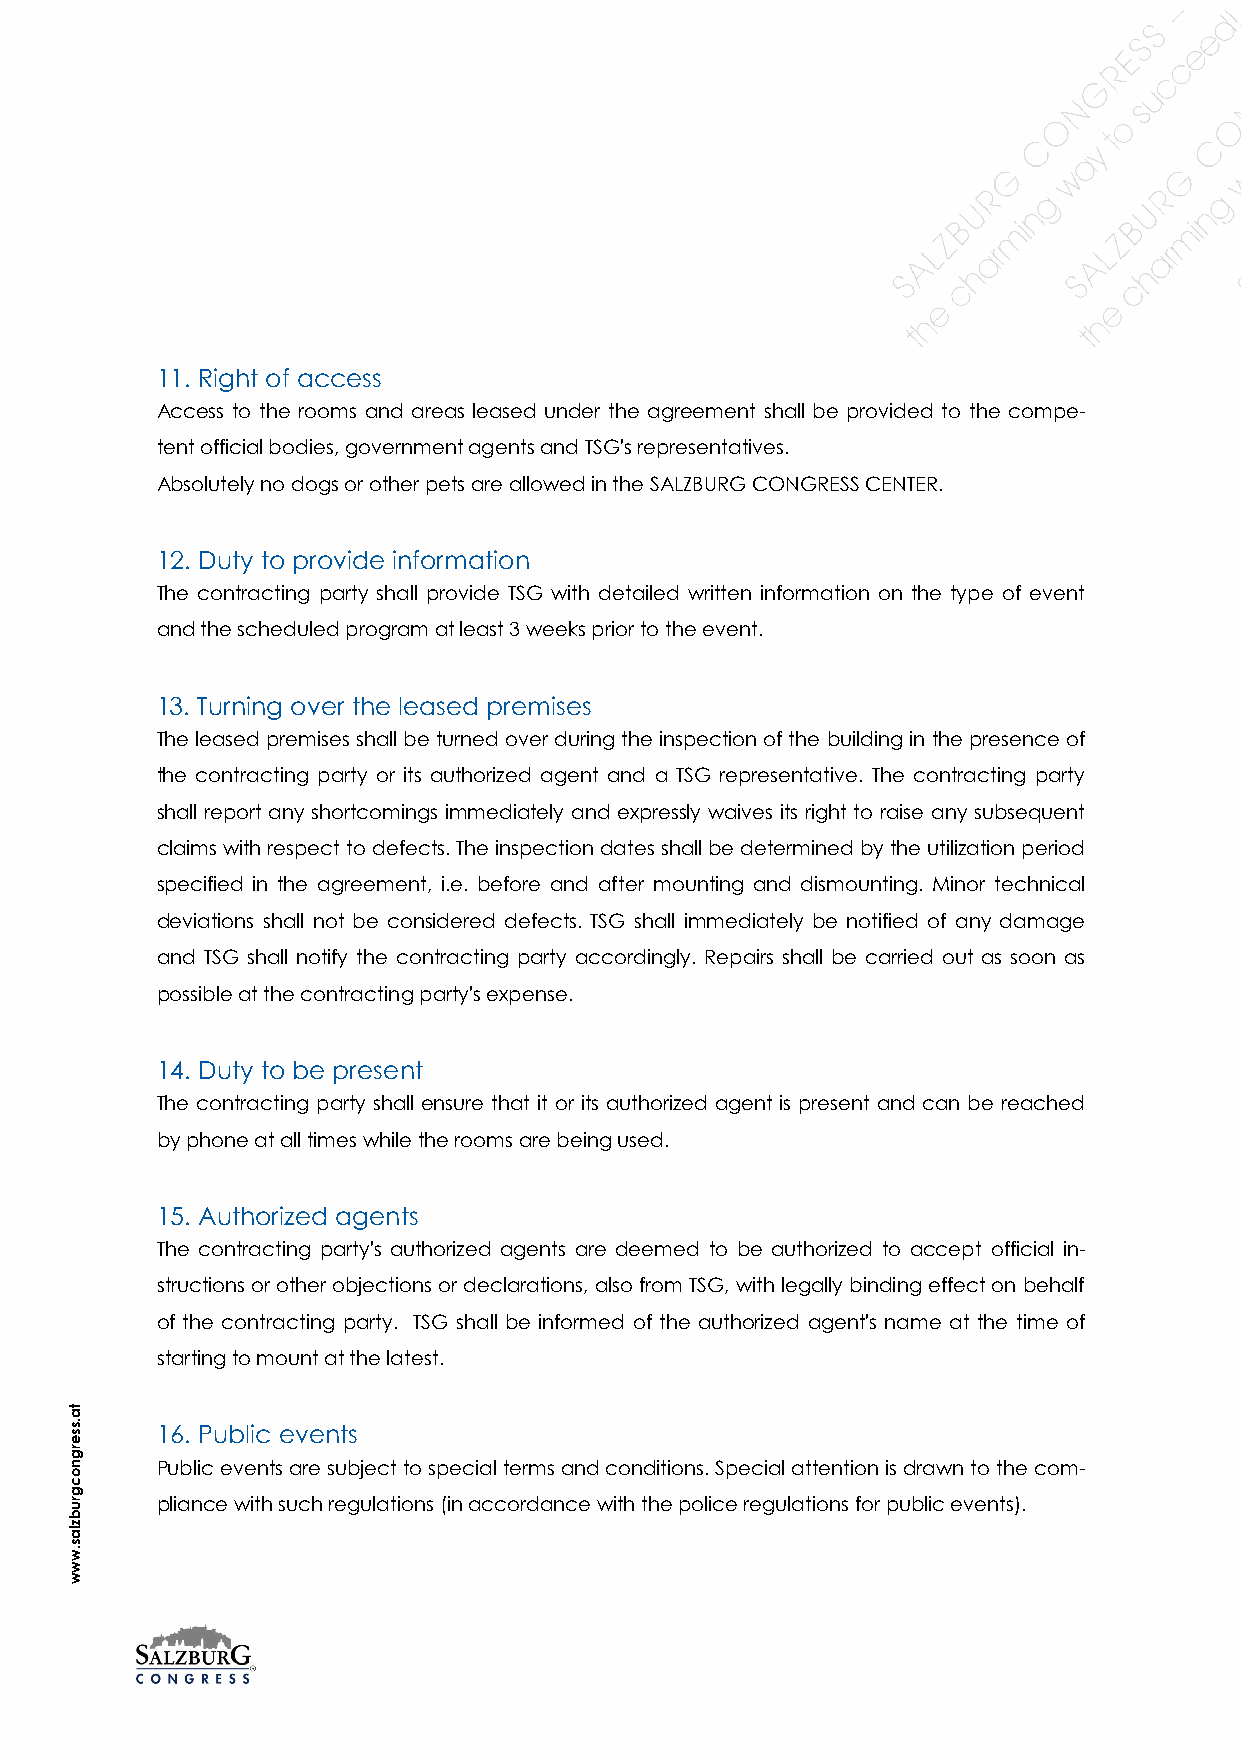
11. Right of access
 Access to the rooms and areas leased under the agreement shall be provided to the compe-
 tent official bodies, government agents and TSG's representatives.
 Absolutely no dogs or other pets are allowed in the SALZBURG CONGRESS CENTER.
 12. Duty to provide information
 The contracting party shall provide TSG with detailed written information on the type of event
 and the scheduled program at least 3 weeks prior to the event.
 13. Turning over the leased premises
 The leased premises shall be turned over during the inspection of the building in the presence of
 the contracting party or its authorized agent and a TSG representative. The contracting party
 shall report any shortcomings immediately and expressly waives its right to raise any subsequent
 claims with respect to defects. The inspection dates shall be determined by the utilization period
 specified in the agreement, i.e. before and after mounting and dismounting. Minor technical
 deviations shall not be considered defects. TSG shall immediately be notified of any damage
 and TSG shall notify the contracting party accordingly. Repairs shall be carried out as soon as
 possible at the contracting party's expense.
 14. Duty to be present
 The contracting party shall ensure that it or its authorized agent is present and can be reached
 by phone at all times while the rooms are being used.
 15. Authorized agents
 The contracting party's authorized agents are deemed to be authorized to accept official in-
 structions or other objections or declarations, also from TSG, with legally binding effect on behalf
 of the contracting party. TSG shall be informed of the authorized agent's name at the time of
 starting to mount at the latest.
 ta
 .s s 16. Public events
 e
 rg
 n    Public events are subject to special terms and conditions. Special attention is drawn to the com-
 o
 c
 g
 ru   pliance with such regulations (in accordance with the police regulations for public events).
 b
 z
 la
 s
 .w
 w
 w